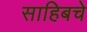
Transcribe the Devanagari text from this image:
साहिबचे